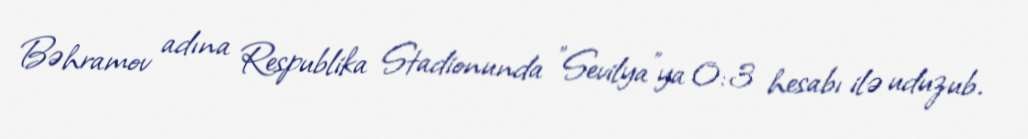
Bəhramov adına Respublika Stadionunda "Sevilya"ya 0:3 hesabı ilə uduzub.